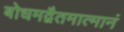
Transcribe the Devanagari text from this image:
बोधमद्वैतमात्मानं